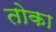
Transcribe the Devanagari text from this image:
तोका